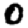
Digit: 0